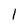
Character: l